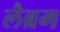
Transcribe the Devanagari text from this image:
लैब्रम